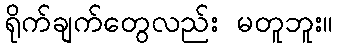
ရိုက်ချက်တွေလည်း မတူဘူး။